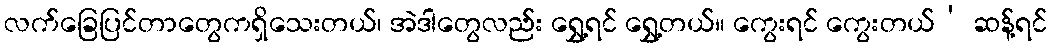
လက်ခြေပြင်တာတွေကရှိသေးတယ်၊ အဲဒါတွေလည်း ရွှေ့ရင် ရွှေ့တယ်။ ကွေးရင် ကွေးတယ်’ ဆန့်ရင်